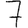
Digit: 7